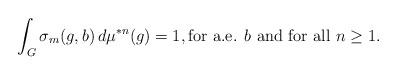
LaTeX: \begin{align*}\int_G \sigma_m(g,b) \, d\mu^{*n}(g) = 1, \textrm{for a.e. $b$ and for all $n \geq 1$}.\end{align*}